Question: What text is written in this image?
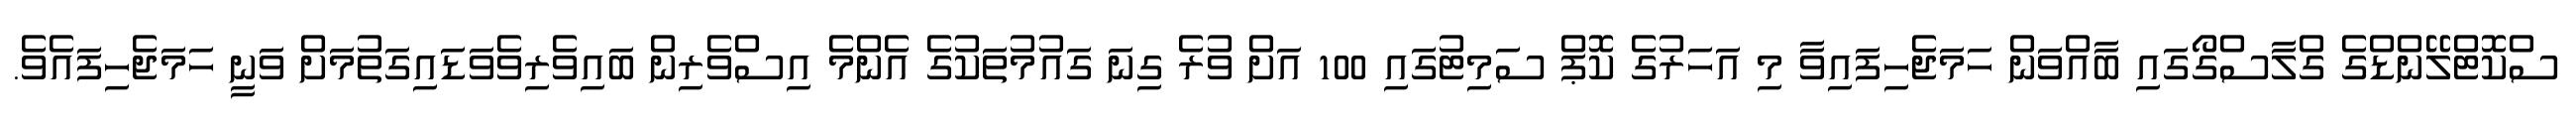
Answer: ސްކޮޓްލޭންޑްގެ ގްލާސްގޯގައި ބާއްވަން ހަމަޖެހިފައިވާ މި އަހަރުގެ ކޮޕް ސަމިޓުގައި 100 އަށް ވުރެ ގިނަ ގައުމުތަކުގެ އެންމެ އިސްވެރިން ބައިވެރިވެވަޑައިގަތުމަށް ވަނީ ހަމަޖެހިފައެވެ.